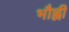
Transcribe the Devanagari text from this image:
भौह्नी